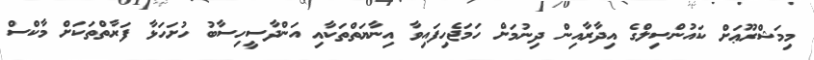
މިމަޝްރޫޢަށް ކައުންސިލްގެ އިދާރާއިން ދިނުމަށް ހަމަޖެހިފައިވާ އިނާޔަތްތަކާއި އަންދާސީހިސާބު ހުށަހަޅާ ފަރާތްތަކަށް މާކްސް